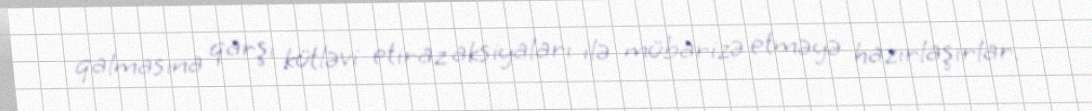
qalmasına qarşı kütləvi etiraz aksiyaları ilə mübarizə etməyə hazırlaşırlar.